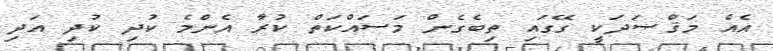
އެއް މަޤްޞަދަކީ ގޭގައި ތިބެގެން މަސައްކަތް ކުރާ އެންމެ ކުދި ކުދި އަދި